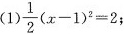
(1) $$\frac{1}{2} ( x - 1 )x^{2} = 2 ;$$